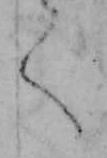
く